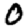
Digit: 0